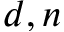
d , n